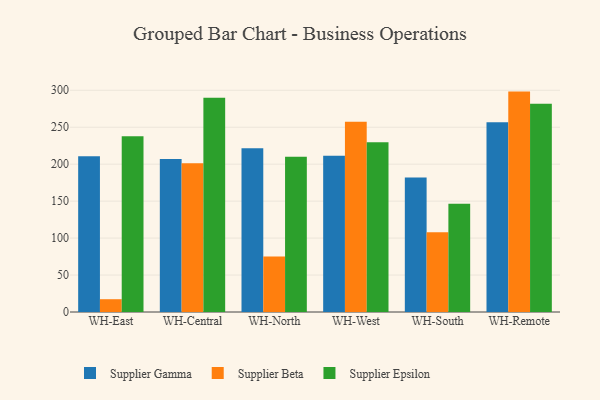
{"axis": {"x": "Warehouse", "y": "Waste Production (Tons)"}, "legend": ["Supplier Beta", "Supplier Epsilon", "Supplier Gamma"], "data": [{"x": "WH-East", "y": 210.7, "type": "Supplier Gamma"}, {"x": "WH-East", "y": 17.3, "type": "Supplier Beta"}, {"x": "WH-East", "y": 237.8, "type": "Supplier Epsilon"}, {"x": "WH-Central", "y": 207.1, "type": "Supplier Gamma"}, {"x": "WH-Central", "y": 201.3, "type": "Supplier Beta"}, {"x": "WH-Central", "y": 289.9, "type": "Supplier Epsilon"}, {"x": "WH-North", "y": 221.4, "type": "Supplier Gamma"}, {"x": "WH-North", "y": 75.1, "type": "Supplier Beta"}, {"x": "WH-North", "y": 210.2, "type": "Supplier Epsilon"}, {"x": "WH-West", "y": 211.5, "type": "Supplier Gamma"}, {"x": "WH-West", "y": 257.4, "type": "Supplier Beta"}, {"x": "WH-West", "y": 229.8, "type": "Supplier Epsilon"}, {"x": "WH-South", "y": 182.0, "type": "Supplier Gamma"}, {"x": "WH-South", "y": 108.0, "type": "Supplier Beta"}, {"x": "WH-South", "y": 146.4, "type": "Supplier Epsilon"}, {"x": "WH-Remote", "y": 256.7, "type": "Supplier Gamma"}, {"x": "WH-Remote", "y": 298.2, "type": "Supplier Beta"}, {"x": "WH-Remote", "y": 281.7, "type": "Supplier Epsilon"}]}